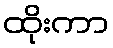
ထိုးကာ